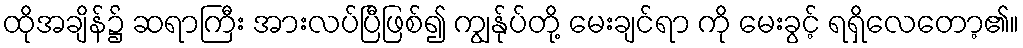
ထိုအချိန်၌ ဆရာကြီး အားလပ်ပြီဖြစ်၍ ကျွန်ုပ်တို့ မေးချင်ရာ ကို မေးခွင့် ရရှိလေတော့၏။